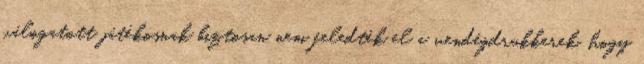
válogatott játékosnak biztosan nem feledték el a vendégdrukkerek, hogy